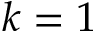
k = 1